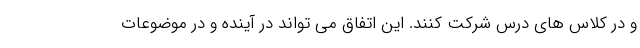
و در کلاس های درس شرکت کنند. این اتفاق می تواند در آینده و در موضوعات